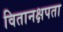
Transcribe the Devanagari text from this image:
वितानक्षपता